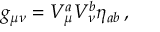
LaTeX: g _ { \mu \nu } = V _ { \mu } ^ { a } V _ { \nu } ^ { b } \eta _ { a b } \, ,